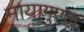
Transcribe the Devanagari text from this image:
मायागुएज़